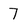
Character: 7